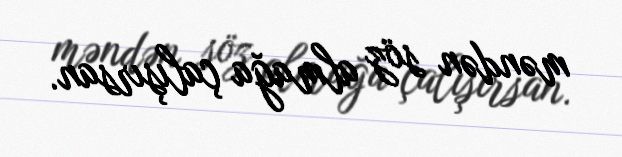
məndən söz almağa çalışırsan.